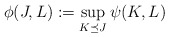
\begin{align*}\phi(J,L)&:=\sup_{K\preceq J}\psi(K,L)\end{align*}